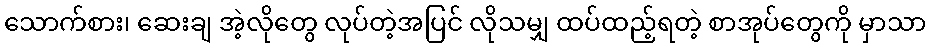
သောက်စား၊ ဆေးချ အဲ့လိုတွေ လုပ်တဲ့အပြင် လိုသမျှ ထပ်ထည့်ရတဲ့ စာအုပ်တွေကို မှာသာ